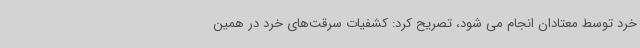
خرد توسط معتادان انجام می شود، تصریح کرد: کشفیات سرقت‌های خرد در همین